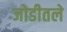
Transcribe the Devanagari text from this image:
जोडीतले